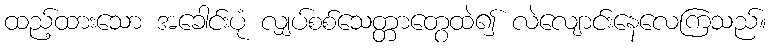
ထည့်ထားသော အခေါင်းပုံ လျှပ်စစ်သေတ္တာတွေထဲ၍ လဲလျောင်းနေလေကြသည်။